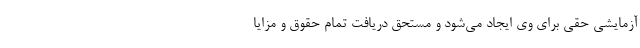
آزمایشی حقی برای وی ایجاد می‌شود و مستحق دریافت تمام حقوق و مزایا